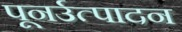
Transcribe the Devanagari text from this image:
पूनर्उत्पादन